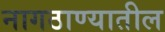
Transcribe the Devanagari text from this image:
नागठाण्यातील